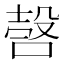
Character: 𣪥